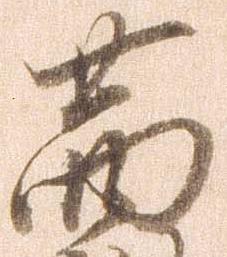
茜